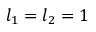
l _ { 1 } = l _ { 2 } = 1